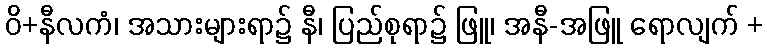
ဝိ+နီလကံ၊ အသားများရာ၌ နီ၊ ပြည်စုရာ၌ ဖြူ၊ အနီ-အဖြူ ရောလျက် +